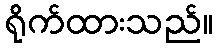
ရိုက်ထားသည်။